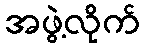
အဖွဲ့လိုက်